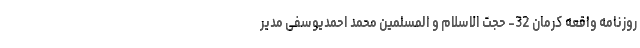
روزنامه واقعه کرمان 32- حجت الاسلام و المسلمین محمد احمدیوسفی مدیر